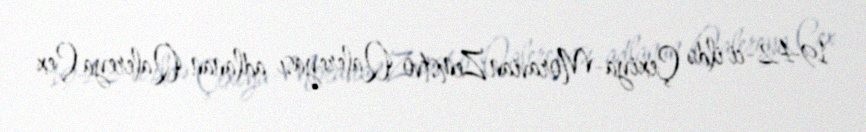
1942-ci ildə Çexiya-Moravian Zemstvo Qalereyası adlanan Qalereya Çex